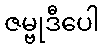
ဇမ္ဗုဒီပေါ